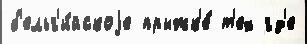
б'ельг'и́йскоjе прыжк'е́ т'ех гд'е